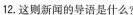
12.这则新闻的导语是什么?